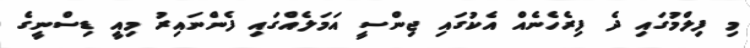
މި ފިލްމުގައި ދެ ފިރެހެނެއް އެކުގައި ޖިންސީ އަމަލެއްގައި ފެންނައިރު މިއީ ޑިސްނީގެ